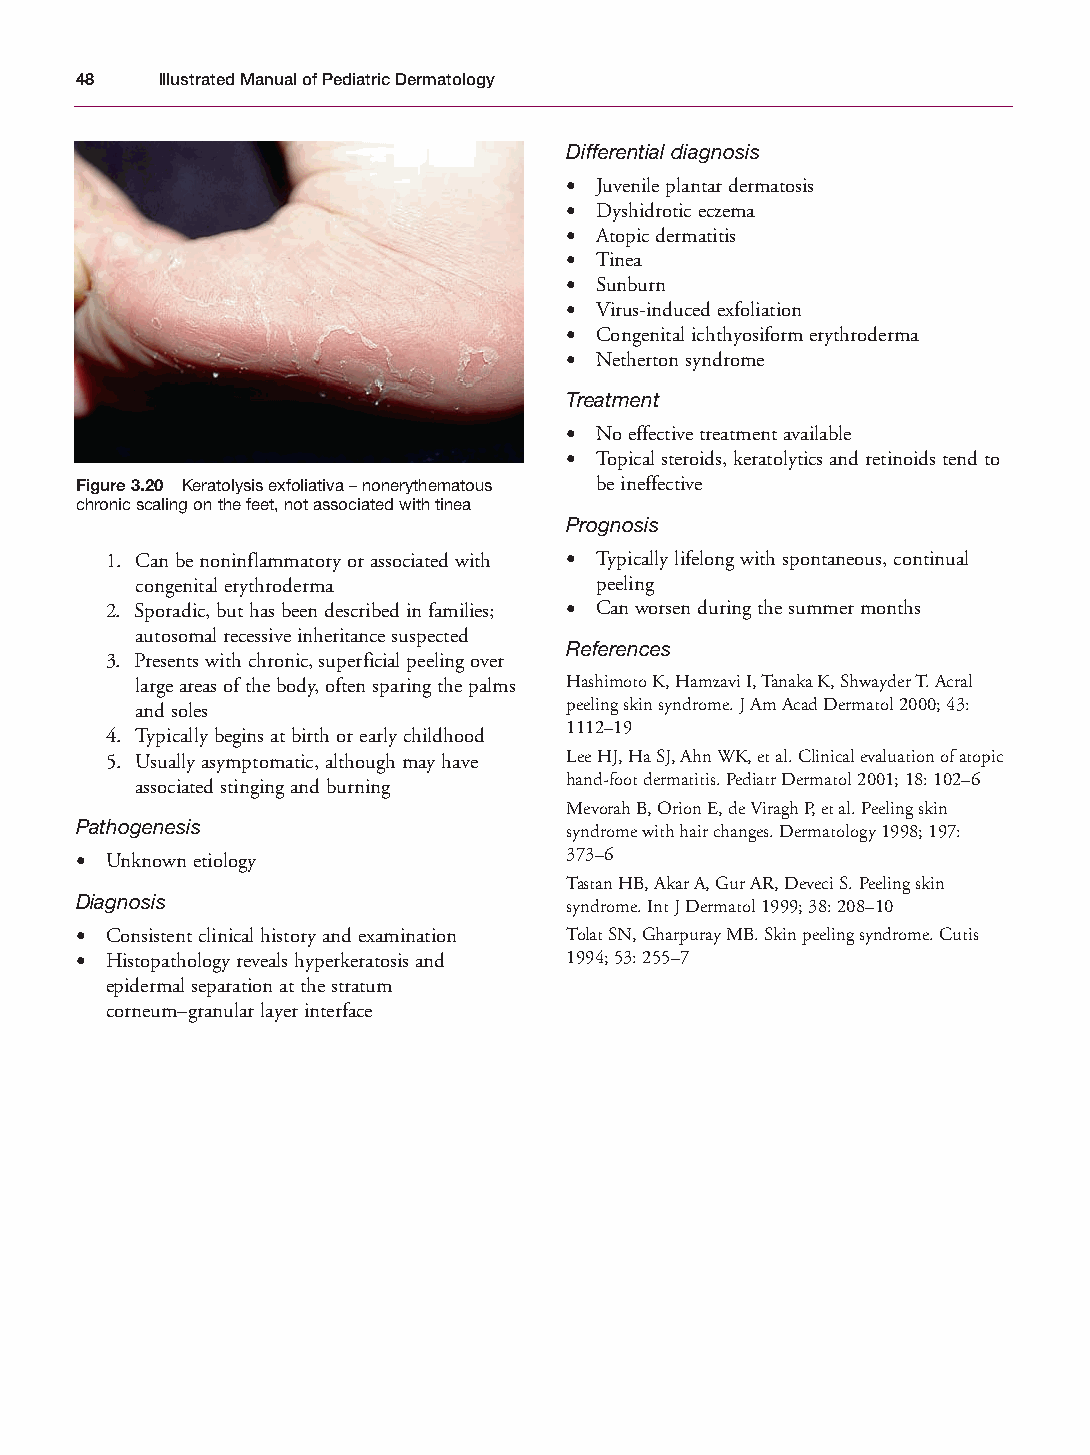
Mallory Chapter 03 27/1/05 1:22 pm Page 48
 48   Illustrated Manual of Pediatric Dermatology
 Differential diagnosis
 • Juvenile plantar dermatosis
 • Dyshidrotic eczema
 • Atopic dermatitis
 • Tinea
 • Sunburn
 • Virus-induced exfoliation
 • Congenital ichthyosiform erythroderma
 • Netherton syndrome
 Treatment
 • No effective treatment available
 • Topical steroids, keratolytics and retinoids tend to
 Figure 3.20 Keratolysis exfoliativa – nonerythematous be ineffective
 chronic scaling on the feet, not associated with tinea
 Prognosis
 1. Can be noninflammatory or associated with • Typically lifelong with spontaneous, continual
 congenital erythroderma       peeling
 2. Sporadic, but has been described in families; • Can worsen during the summer months
 autosomal recessive inheritance suspected
 References
 3. Presents with chronic, superficial peeling over
 large areas of the body, often sparing the palms Hashimoto K, Hamzavi I, Tanaka K, Shwayder T. Acral
 and soles                   peeling skin syndrome. J Am Acad Dermatol 2000; 43:
 1112–19
 4. Typically begins at birth or early childhood
 5. Usually asymptomatic, although may have Lee HJ, Ha SJ, Ahn WK, et al. Clinical evaluation of atopic
 associated stinging and burning hand-foot dermatitis. Pediatr Dermatol 2001; 18: 102–6
 Mevorah B, Orion E, de Viragh P, et al. Peeling skin
 Pathogenesis                    syndrome with hair changes. Dermatology 1998; 197:
 • Unknown etiology              373–6
 Tastan HB, Akar A, Gur AR, Deveci S. Peeling skin
 Diagnosis                       syndrome. Int J Dermatol 1999; 38: 208–10
 • Consistent clinical history and examination Tolat SN, Gharpuray MB. Skin peeling syndrome. Cutis
 • Histopathology reveals hyperkeratosis and 1994; 53: 255–7
 epidermal separation at the stratum
 corneum–granular layer interface